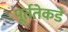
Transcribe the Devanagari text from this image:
पूर्ततेकडे